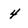
Character: 4